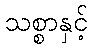
သစ္စာနှင့်